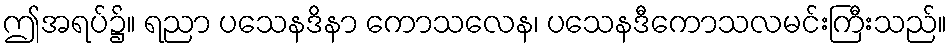
ဤအရပ်၌။ ရညာ ပသေနဒိနာ ကောသလေန၊ ပသေနဒီကောသလမင်းကြီးသည်။